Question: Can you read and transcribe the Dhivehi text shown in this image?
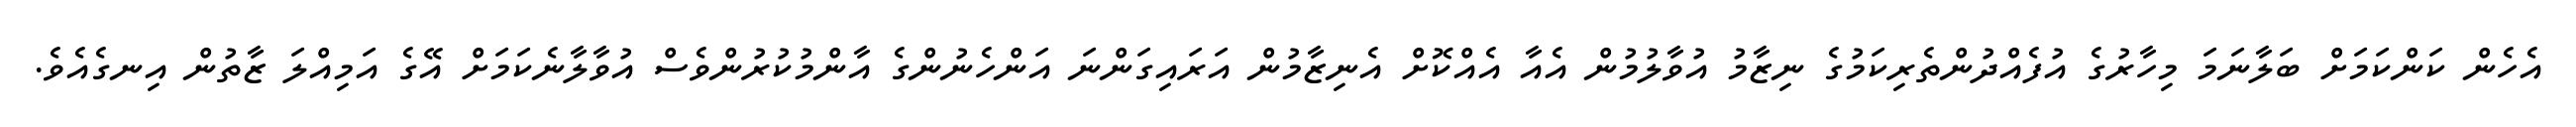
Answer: އެހެން ކަންކަމަށް ބަލާނަމަ މިހާރުގެ އުފެއްދުންތެރިކަމުގެ ނިޒާމު އުވާލުމުން އެއާ އެއްކޮށް އެނިޒާމުން އަރައިގަންނަ އަންހެނުންގެ އާންމުކުރުންވެސް އުވާލާނެކަމަށް އޭގެ އަމިއްލަ ޒާތުން އިނގެއެވެ.